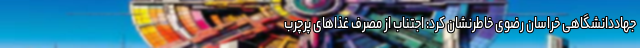
جهاددانشگاهی خراسان رضوی خاطرنشان کرد: اجتناب از مصرف غذاهای پرچرب